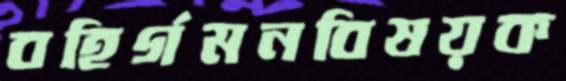
বহির্গমনবিষয়ক